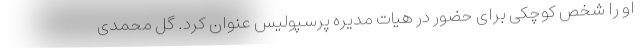
او را شخص کوچکی برای حضور در هیات مدیره پرسپولیس عنوان کرد. گل محمدی